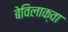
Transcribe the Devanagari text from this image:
बेविलाक्वा